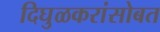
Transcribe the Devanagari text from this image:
दिघुळकरांसोबत